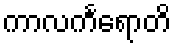
ကာလင်္ကရောတိ